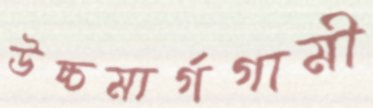
উচ্চমার্গগামী